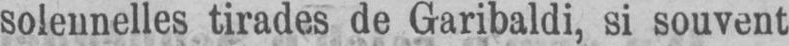
solennelles tirades de Garibaldi, si souvent